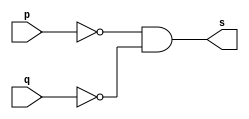
// ---------------------
// Exercicio05 - nor (De Morgan)
// Nome: Raphael Quintao
// ---------------------
// ---------------------
// -- nor gate
// ---------------------
module norgate (output s, input p, q);
assign s = ~p & ~q;
endmodule // xor
// ---------------------
// -- test xorgate
// ---------------------
module testnorgate;
// ------------------------- dados locais
reg a,b; // definir registrador
wire s; // definir conexao (fio)
// ------------------------- instancia
norgate nor1 (s, a, b);
// ------------------------- preparacao
initial begin:start
a=0;
b=0; 
end
// ------------------------- parte principal
initial begin:main
$display("Exercicio03 - Raphael Quintao - 445171");
$display("Test nor gate (De morgan)");
$display("\n~a & ~b = s\n");
$monitor("~%b & ~%b = %b", a, b, s);

#1 a=0; b=0; 
#1 a=0; b=1; 
#1 a=1; b=0; 
#1 a=1; b=1;

end
endmodule // testxorgate